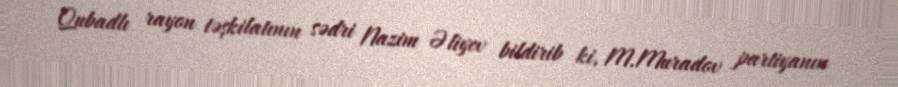
Qubadlı rayon təşkilatının sədri Nazim Əliyev bildirib ki, M.Muradov partiyanın